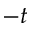
- t